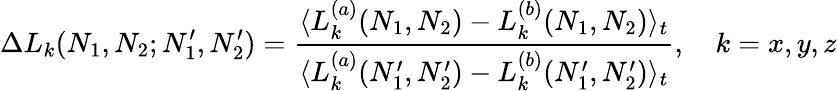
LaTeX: \Delta L_{k}(N_{1},N_{2};N_{1}^{\prime},N_{2}^{\prime})=\frac{\langle L_{k}^{(a)}(N_{1},N_{2})-L_{k}^{(b)}(N_{1},N_{2})\rangle_{t}}{\langle L_{k}^{(a)}(N_{1}^{\prime},N_{2}^{\prime})-L_{k}^{(b)}(N_{1}^{\prime},N_{2}^{\prime})\rangle_{t}},\quad k=x,y,z